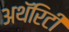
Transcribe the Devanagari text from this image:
अथॅरिटी